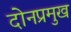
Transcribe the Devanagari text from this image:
दोनप्रमुख